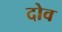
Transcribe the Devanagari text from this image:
दोव